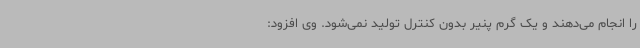
را انجام می‌دهند و یک گرم پنیر بدون کنترل تولید نمی‌شود. وی افزود: